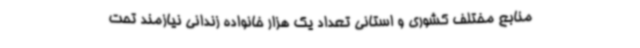
منابع مختلف کشوری و استانی تعداد یک هزار خانواده زندانی نیازمند تحت